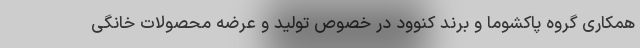
همکاری گروه پاکشوما و برند کنوود در خصوص تولید و عرضه محصولات خانگی